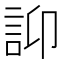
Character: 𧥴